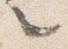
々